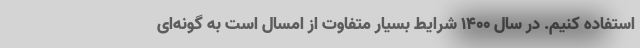
استفاده کنیم. در سال ۱۴۰۰ شرایط بسیار متفاوت از امسال است به گونه‌ای